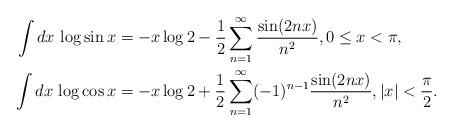
LaTeX: \begin{align*}\int dx \, \log \sin x&= -x \log 2 - \frac{1}{2} \sum_{n=1}^{\infty} \frac{\sin (2nx)}{n^2},0 \leq x < \pi,\\\int dx \, \log \cos x&= - x \log 2 + \frac{1}{2} \sum_{n=1}^{\infty} (-1)^{n-1}\frac{\sin(2 n x)}{n^2},|x| < \frac{\pi}{2}.\end{align*}